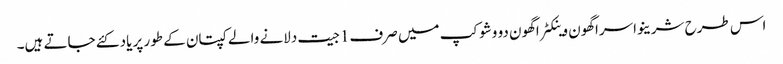
اس طرح شرینواسراگھون وینکٹراگھون دو وشوکپ میں صرف1جیت دلانے والے کپتان کے طور پر یاد کئے جاتے ہیں۔